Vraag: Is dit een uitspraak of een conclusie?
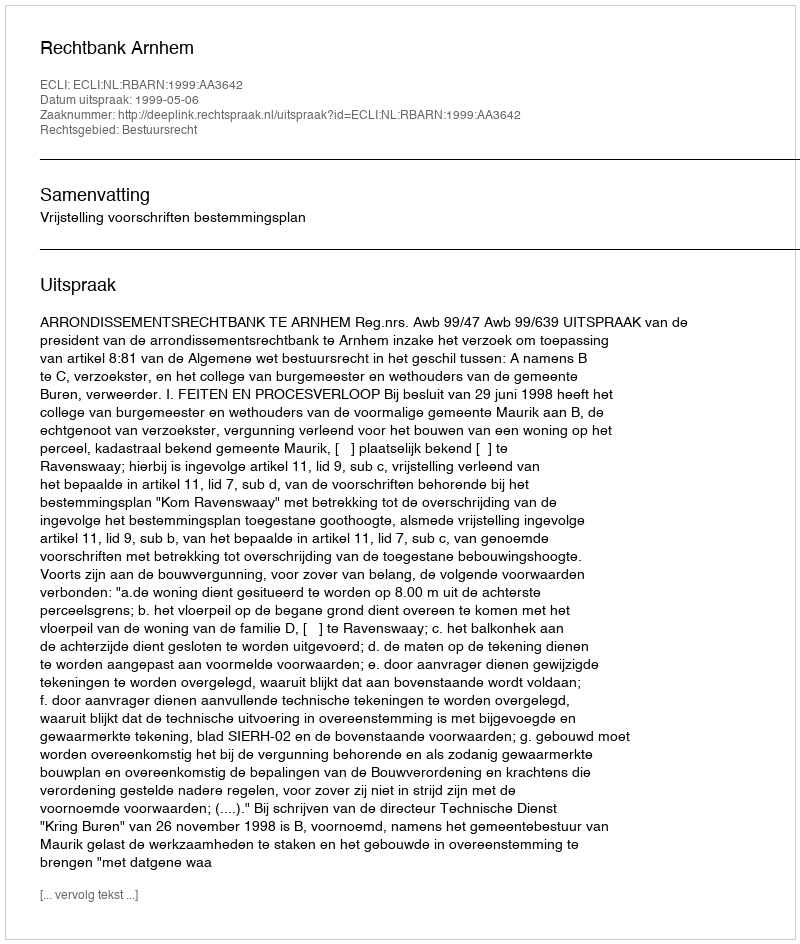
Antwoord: Uitspraak